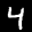
Label: 4